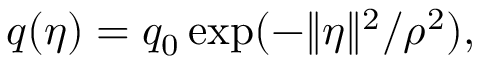
q ( \eta ) = q _ { 0 } \exp ( - \Vert \eta \Vert ^ { 2 } / \rho ^ { 2 } ) ,